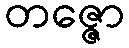
တဇ္ဇော